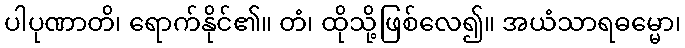
ပါပုဏာတိ၊ ရောက်နိုင်၏။ တံ၊ ထိုသို့ဖြစ်လေ၍။ အယံသာရဓမ္မော၊